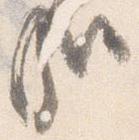
哉